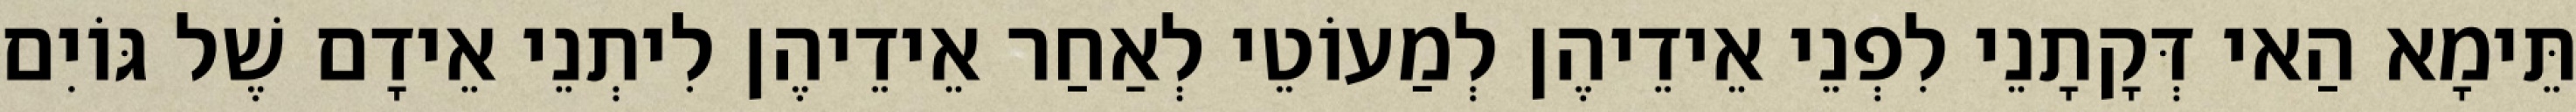
תֵּימָא הַאי דְּקָתָנֵי לִפְנֵי אֵידֵיהֶן לְמַעוֹטֵי לְאַחַר אֵידֵיהֶן לִיתְנֵי אֵידָם שֶׁל גּוֹיִם